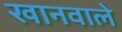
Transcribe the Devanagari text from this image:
खानवाले